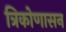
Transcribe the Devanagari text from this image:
त्रिकोणासन